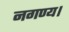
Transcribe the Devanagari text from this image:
नगण्य।